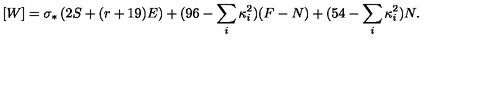
[ W ] = \sigma _ { * } \left( 2 S + ( r + 1 9 ) E \right) + ( 9 6 - \sum _ { i } \kappa _ { i } ^ { 2 } ) ( F - N ) + ( 5 4 - \sum _ { i } \kappa _ { i } ^ { 2 } ) N .